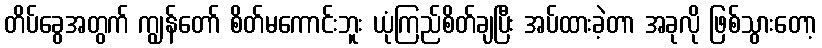
တိပ်ခွေအတွက် ကျွန်တော် စိတ်မကောင်းဘူး ယုံကြည်စိတ်ချပြီး အပ်ထားခဲ့တာ အခုလို ဖြစ်သွားတော့